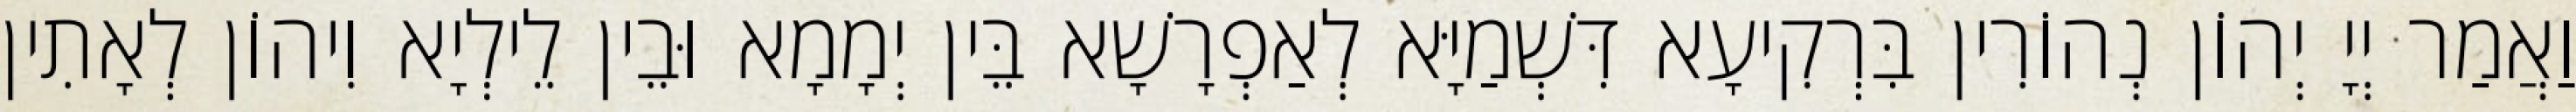
וַאֲמַר יְיָ יְהוֹן נְהוֹרִין בִּרְקִיעָא דִּשְׁמַיָּא לְאַפְרָשָׁא בֵּין יְמָמָא וּבֵין לֵילְיָא וִיהוֹן לְאָתִין